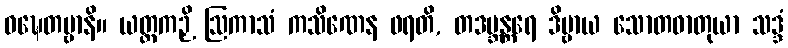
ဝဍ္ဎေတဗ္ဗာနိ။ ယတ္တကဉှိ ဩကာသံ ကသိဏေန ဖရတိ, တဒဗ္ဘန္တရေ ဒိဗ္ဗာယ သောတဓာတုယာ သဒ္ဒံ